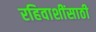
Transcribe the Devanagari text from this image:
रहिवाशींसाठी